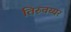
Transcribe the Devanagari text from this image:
तिरुवय्यर